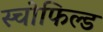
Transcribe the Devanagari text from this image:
स्चोफिल्ड